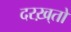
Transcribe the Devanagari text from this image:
दरख़्तो